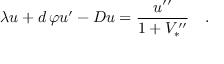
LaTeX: \lambda u + d \, \varphi u ^ { \prime } - D u = { \frac { u ^ { \prime \prime } } { 1 + V _ { * } ^ { \prime \prime } } } \quad .